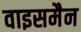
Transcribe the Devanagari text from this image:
वाइसमैन